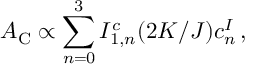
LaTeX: A _ { \mathrm { C } } \propto \sum _ { n = 0 } ^ { 3 } I _ { 1 , n } ^ { c } ( 2 K / J ) c _ { n } ^ { \cal I } \, ,